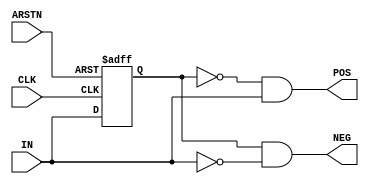
module EDGE_DET (
    input wire CLK,
    input wire ARSTN,
    input wire IN,
    output wire POS,
    output wire NEG
);

reg in_0;

always @(posedge CLK or negedge ARSTN) begin
    if (!ARSTN) begin
        in_0 <= 1'b0;
    end
    else begin
        in_0 <= IN;
    end
end

assign POS = ~in_0 & IN;
assign NEG = in_0 & ~IN;

    
endmodule